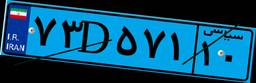
۷۳D۵۷۱۱۰